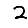
Digit: 2